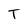
Character: T